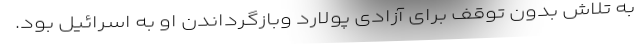
به تلاش بدون توقف برای آزادی پولارد وبازگرداندن او به اسرائیل بود.